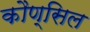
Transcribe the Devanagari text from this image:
कौण्सिल